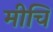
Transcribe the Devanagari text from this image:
मीचि